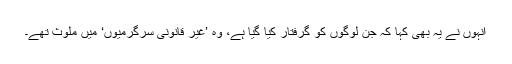
اُنہوں نے یہ بھی کہا کہ جن لوگوں کو گرفتار کیا گیا ہے، وہ ’غیر قانونی سرگرمیوں‘ میں ملوث تھے۔